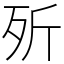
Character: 歽